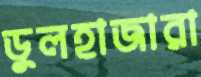
ডুলহাজারা